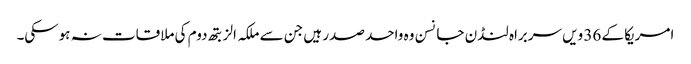
امریکا کے 36 ویں سربراہ لنڈن جانسن وہ واحد صدر ہیں جن سے ملکہ الزبتھ دوم کی ملاقات نہ ہوسکی۔